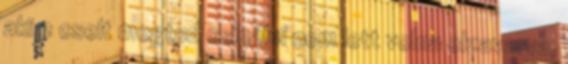
aki 2 cselt megtud csinálni nem lett volna elzavarva,